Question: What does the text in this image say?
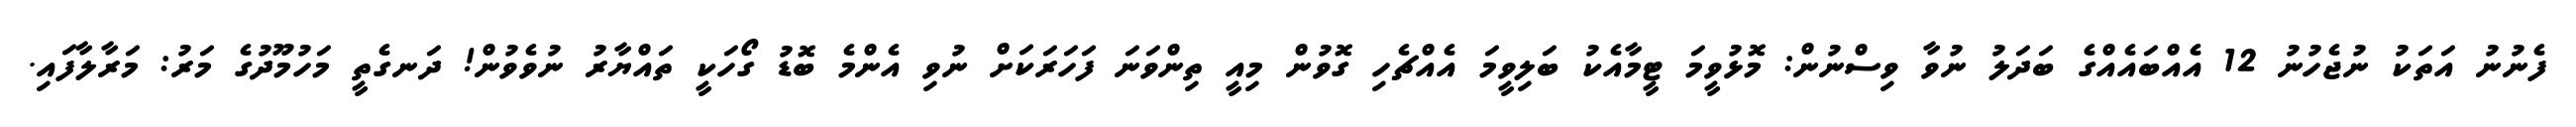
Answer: ފެނުނު އަތަކު ނުޖެހުނު 12 އެއްބައެއްގެ ބަދަލު ނުވާ ވިސްނުން: މޮޅުވީމަ ޓީމާއެކު ބަލިވީމަ އެއްޗެހި ގޮވުން މިއީ ތިންވަނަ ފަހަރަކަށް ނުވި އެންމެ ބޮޑު ގޯހަކީ ތައްޔާރު ނުވެވުން! ދަނގެތީ މަހުމޫދުގެ މަރު: މަރާލާފައި.